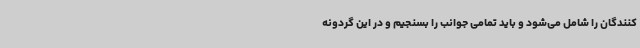
کنندگان را شامل می‌شود و باید تمامی جوانب را بسنجیم و در این گردونه